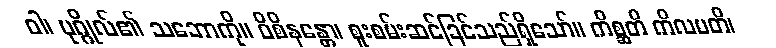
ဝါ၊ ပုဂ္ဂိုလ်၏ သဘောကို။ ဝိစိနန္တော၊ စူးစမ်းဆင်ခြင်သည်ရှိသော်။ ကိစ္ဆတိ ကိလမတိ၊